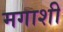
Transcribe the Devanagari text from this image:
मगाशी